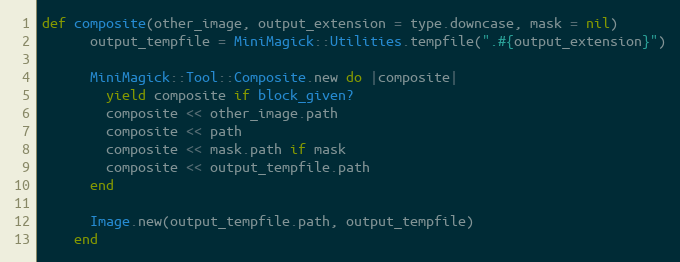
Language: Ruby
def composite(other_image, output_extension = type.downcase, mask = nil)
      output_tempfile = MiniMagick::Utilities.tempfile(".#{output_extension}")

      MiniMagick::Tool::Composite.new do |composite|
        yield composite if block_given?
        composite << other_image.path
        composite << path
        composite << mask.path if mask
        composite << output_tempfile.path
      end

      Image.new(output_tempfile.path, output_tempfile)
    end